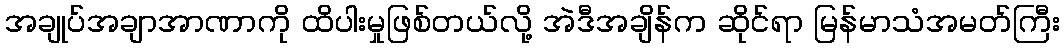
အချုပ်အချာအာဏာကို ထိပါးမှုဖြစ်တယ်လို့ အဲဒီအချိန်က ဆိုင်ရာ မြန်မာသံအမတ်ကြီး